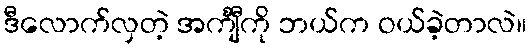
ဒီလောက်လှတဲ့ အင်္ကျီကို ဘယ်က ဝယ်ခဲ့တာလဲ။